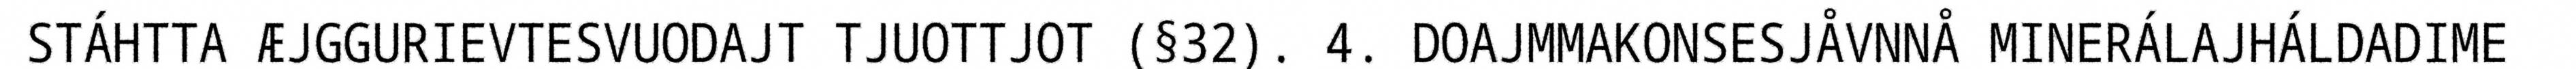
STÁHTTA ÆJGGURIEVTESVUODAJT TJUOTTJOT (§32). 4. DOAJMMAKONSESJÅVNNÅ MINERÁLAJHÁLDADIME